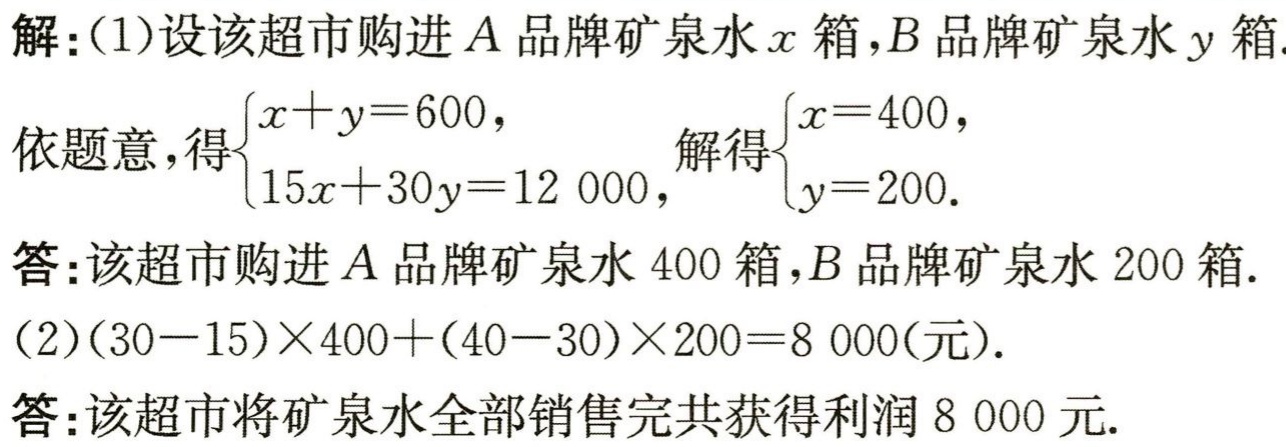
解：(1)设该超市购进\(A\)品牌矿泉水\(x\)箱，\(B\)品牌矿泉水\(y\)箱.

依题意，得\(\begin{cases}x + y = 600,\\15x + 30y = 12000,\end{cases}\)解得\(\begin{cases}x = 400,\\y = 200.\end{cases}\)

答：该超市购进\(A\)品牌矿泉水\(400\)箱，\(B\)品牌矿泉水\(200\)箱.

(2)\((30 - 15)\times400+(40 - 30)\times200 = 8000\)(元).

答：该超市将矿泉水全部销售完共获得利润\(8000\)元.